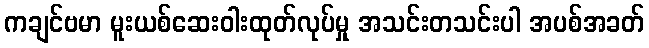
ကချင်ဗမာ မူးယစ်ဆေးဝါးထုတ်လုပ်မှု အသင်းတသင်းပါ အပစ်အခတ်